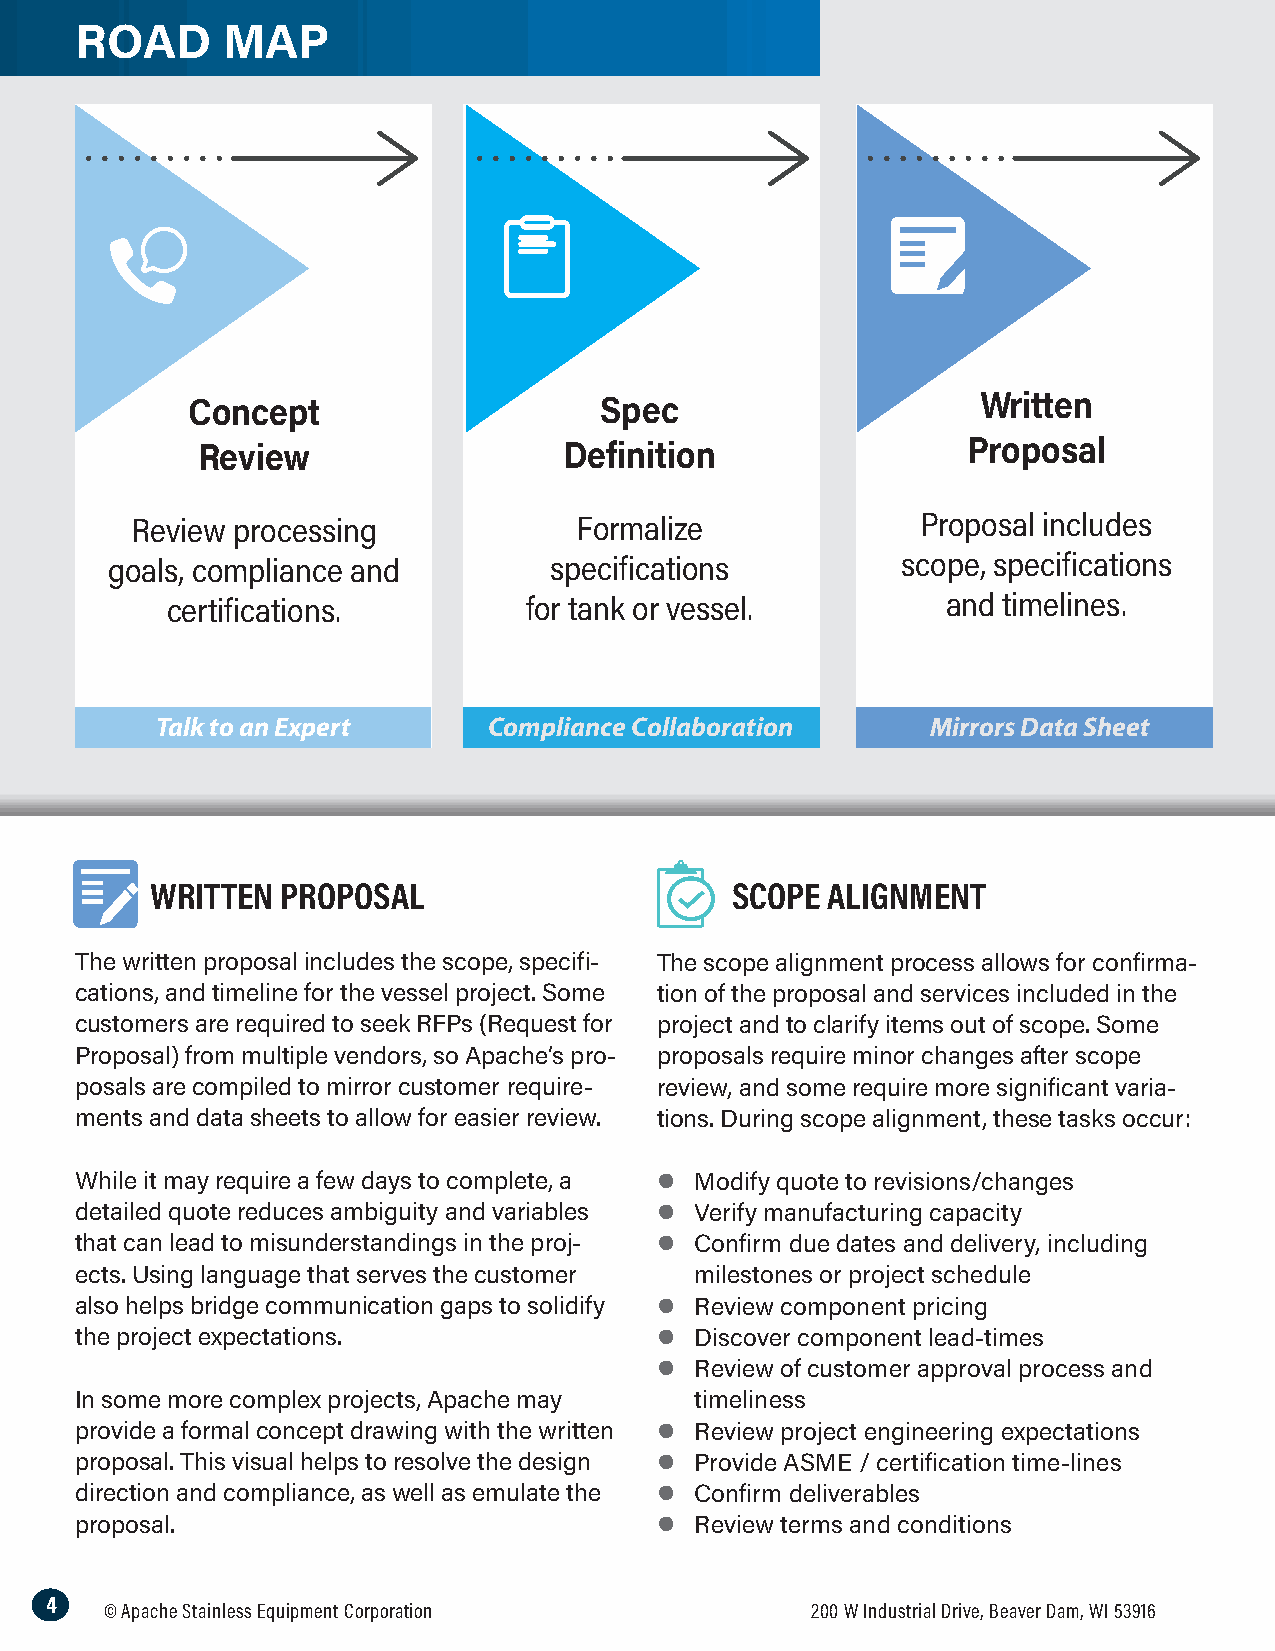
ROAD      MAP
 Concept                     Spec                     Written
 Review                  Definition                 Proposal
 Review processing            Formalize              Proposal includes
 goals, compliance and        specifications          scope, specifications
 certifications.         for tank or vessel.         and timelines.
 Talk to an Expert     Compliance Collaboration      Mirrors Data Sheet
 WRITTEN  PROPOSAL                     SCOPE  ALIGNMENT
 The written proposal includes the scope, specifi- The scope alignment process allows for confirma-
 cations, and timeline for the vessel project. Some tion of the proposal and services included in the
 customers are required to seek RFPs (Request for project and to clarify items out of scope. Some
 Proposal) from multiple vendors, so Apache’s pro- proposals require minor changes after scope
 posals are compiled to mirror customer require- review, and some require more significant varia-
 ments and data sheets to allow for easier review. tions. During scope alignment, these tasks occur:
 While it may require a few days to complete, a l Modify quote to revisions/changes
 detailed quote reduces ambiguity and variables l Verify manufacturing capacity
 that can lead to misunderstandings in the proj- l Confirm due dates and delivery, including
 ects. Using language that serves the customer milestones or project schedule
 also helps bridge communication gaps to solidify l Review component pricing
 the project expectations.             l  Discover component lead-times
 l  Review of customer approval process and
 In some more complex projects, Apache may timeliness
 provide a formal concept drawing with the written l Review project engineering expectations
 proposal. This visual helps to resolve the design l Provide ASME / certification time-lines
 direction and compliance, as well as emulate the l Confirm deliverables
 proposal.                             l  Review terms and conditions
 4
 © Apache Stainless Equipment Corporation       200 W Industrial Drive, Beaver Dam, WI 53916